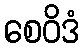
စေဝိဒံ